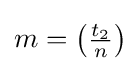
\textstyle m=\left({\frac {t_{2}}{n}}\right)